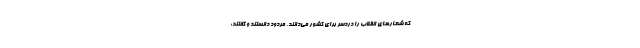
که شعارهای انقلاب را دردسر برای کشور می‌دانند، مردود دانستند و گفتند: